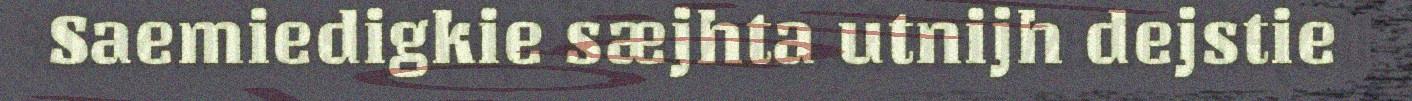
Saemiedigkie sæjhta utnijh dejstie